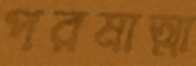
পরমাত্মা